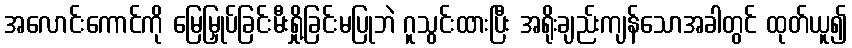
အလောင်းကောင်ကို မြေမြှုပ်ခြင်းမီးရှို့ခြင်းမပြုဘဲ ဂူသွင်းထားပြီး အရိုးချည်းကျန်သောအခါတွင် ထုတ်ယူ၍